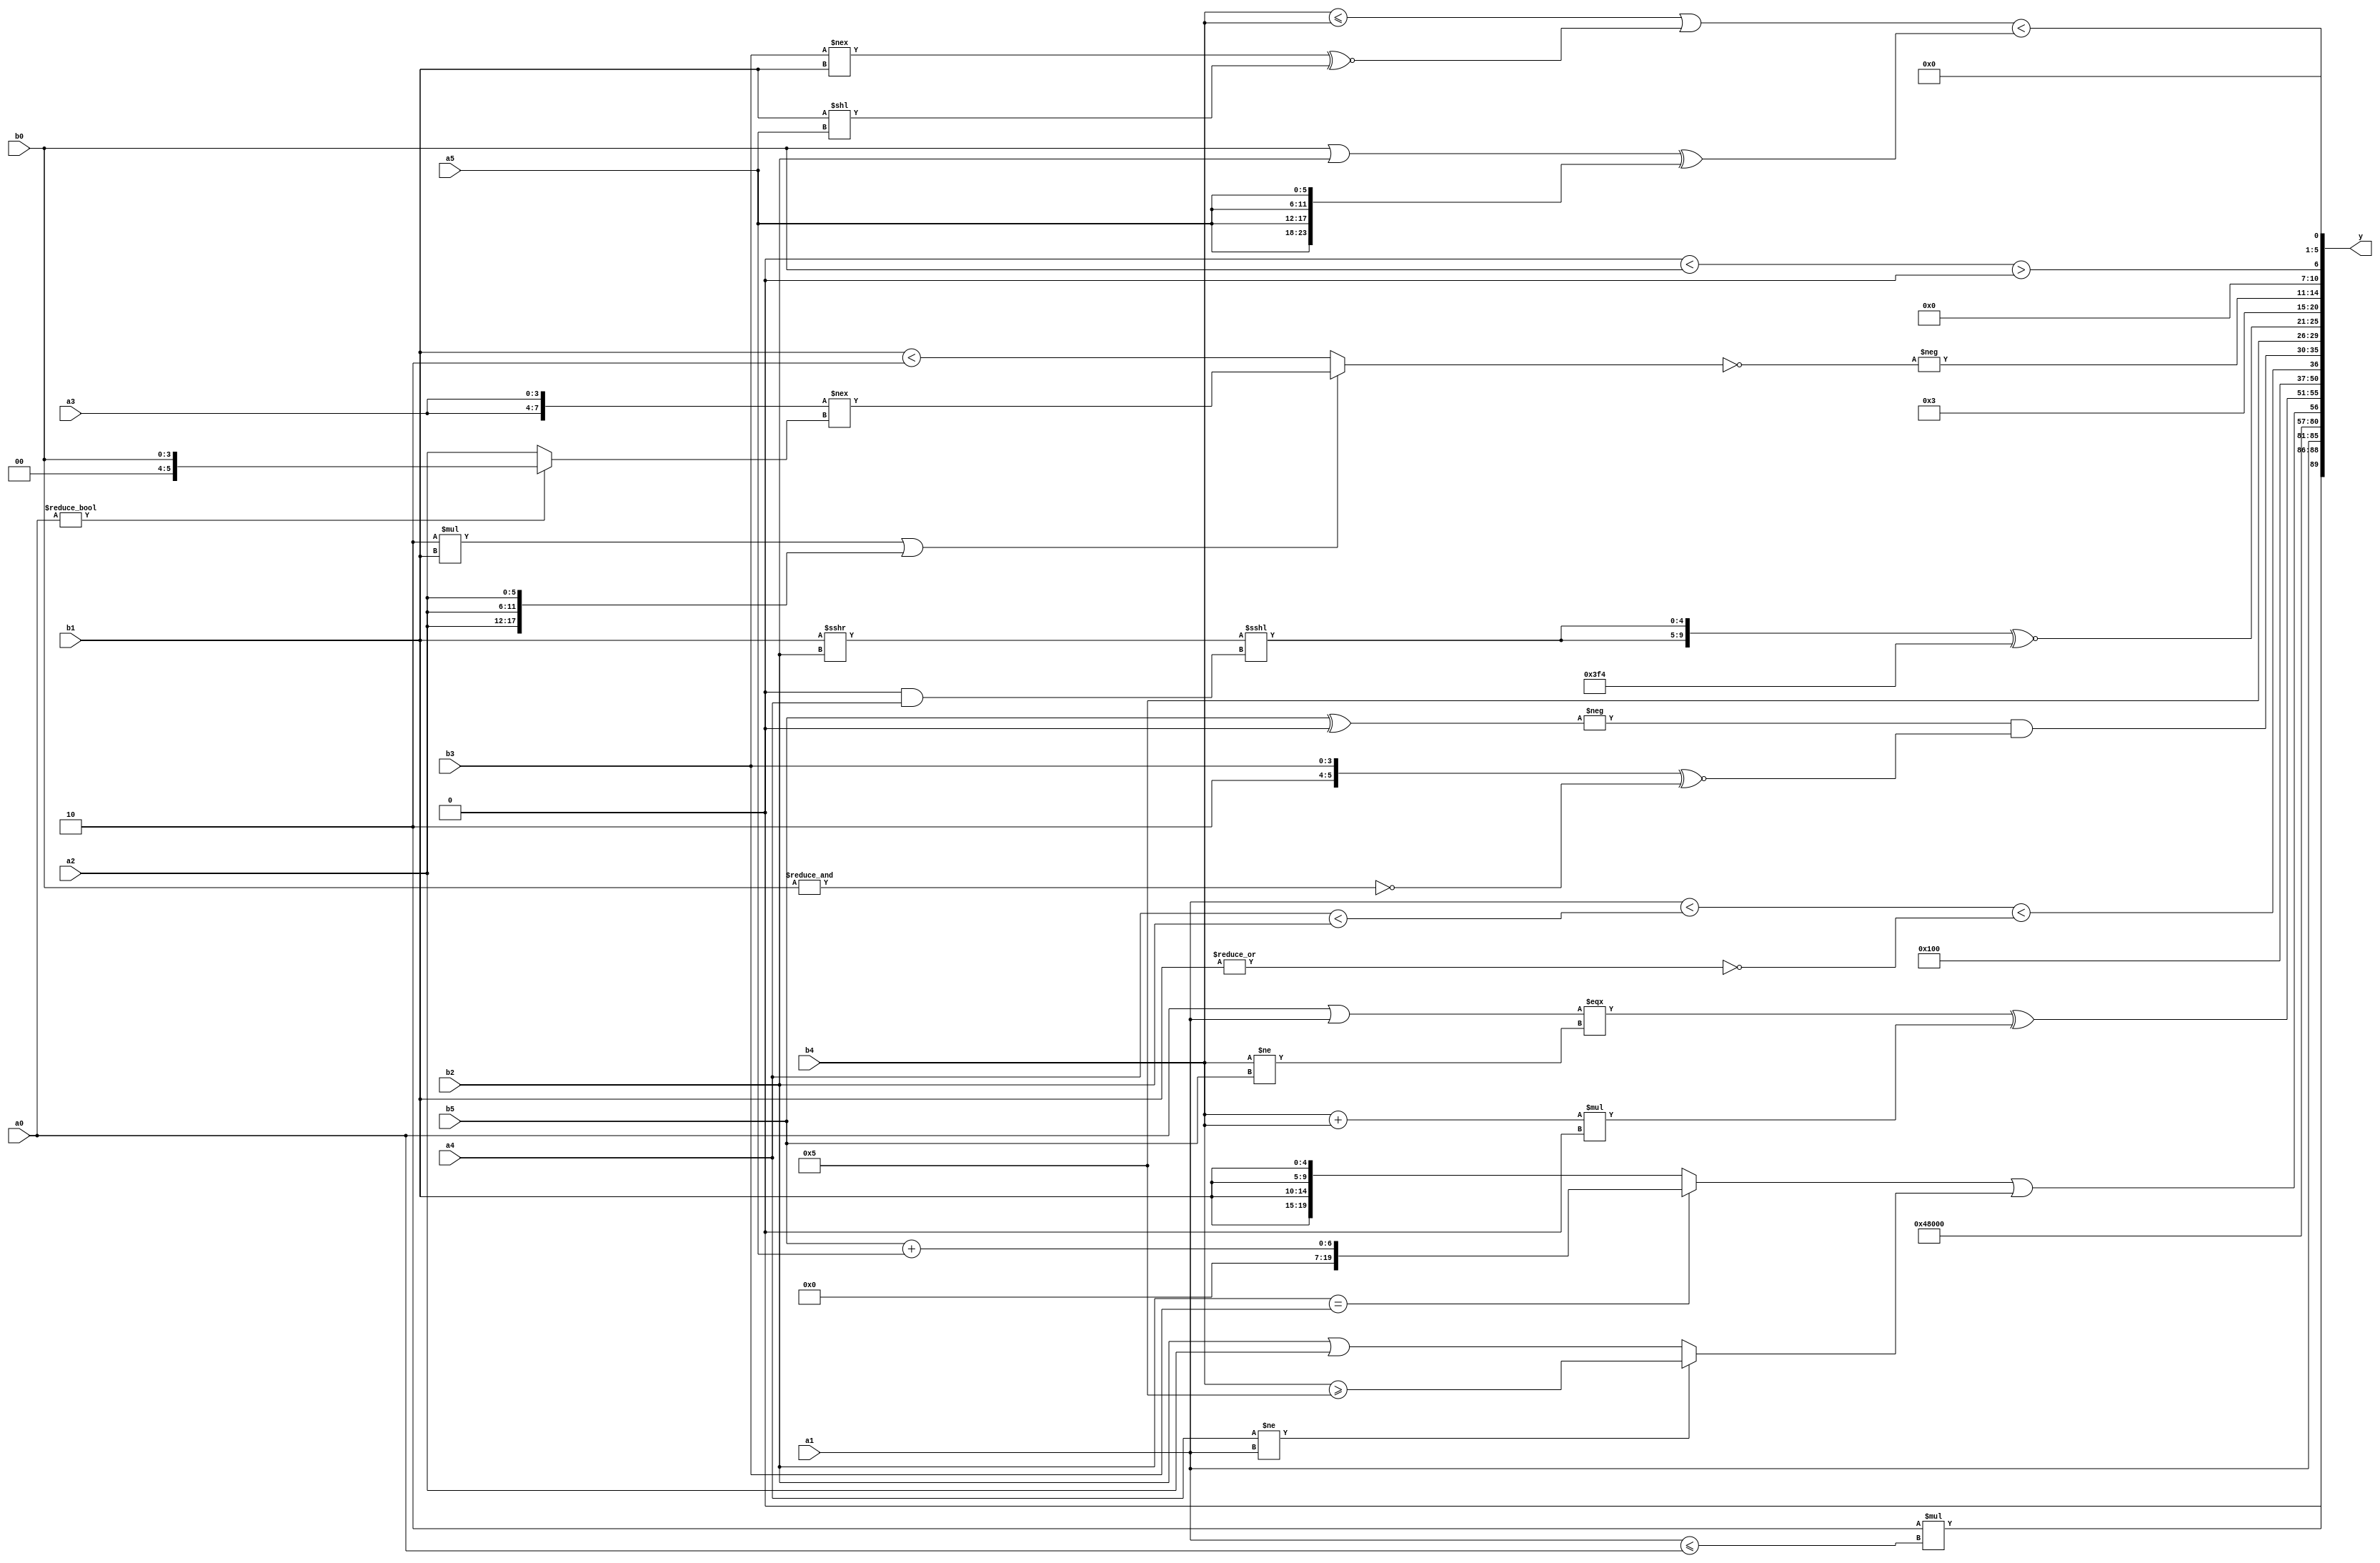
module expression_00126(a0, a1, a2, a3, a4, a5, b0, b1, b2, b3, b4, b5, y);
  input [3:0] a0;
  input [4:0] a1;
  input [5:0] a2;
  input signed [3:0] a3;
  input signed [4:0] a4;
  input signed [5:0] a5;

  input [3:0] b0;
  input [4:0] b1;
  input [5:0] b2;
  input signed [3:0] b3;
  input signed [4:0] b4;
  input signed [5:0] b5;

  wire [3:0] y0;
  wire [4:0] y1;
  wire [5:0] y2;
  wire signed [3:0] y3;
  wire signed [4:0] y4;
  wire signed [5:0] y5;
  wire [3:0] y6;
  wire [4:0] y7;
  wire [5:0] y8;
  wire signed [3:0] y9;
  wire signed [4:0] y10;
  wire signed [5:0] y11;
  wire [3:0] y12;
  wire [4:0] y13;
  wire [5:0] y14;
  wire signed [3:0] y15;
  wire signed [4:0] y16;
  wire signed [5:0] y17;

  output [89:0] y;
  assign y = {y0,y1,y2,y3,y4,y5,y6,y7,y8,y9,y10,y11,y12,y13,y14,y15,y16,y17};

  localparam [3:0] p0 = ((5'd23)!=(4'd10));
  localparam [4:0] p1 = (~((|(6'd2 * (3'd6)))?{1{(~(&(-5'sd8)))}}:((4'd10)?(5'd8):(4'sd6))));
  localparam [5:0] p2 = ((4'd4)-{(-3'sd0),(4'sd0),(4'sd1)});
  localparam signed [3:0] p3 = (-4'sd6);
  localparam signed [4:0] p4 = {((~|(2'd2))==(-5'sd10)),(~|{(5'sd9),(-2'sd1)}),(~|(2'd1))};
  localparam signed [5:0] p5 = (&{1{(5'd6)}});
  localparam [3:0] p6 = {{(-3'sd3),{(-4'sd5),(3'sd3),(2'sd0)},(3'sd1)},{(+(5'd7)),(~&(3'sd3)),(+(4'sd7))},(-5'sd14)};
  localparam [4:0] p7 = (5'd21);
  localparam [5:0] p8 = {(~|(-4'sd1))};
  localparam signed [3:0] p9 = ((5'sd5)|(-3'sd0));
  localparam signed [4:0] p10 = {1{((((2'sd1)!=(-3'sd3))===((-4'sd3)?(-3'sd0):(3'd3)))&&(((-4'sd6)?(5'sd6):(-4'sd4))|((-5'sd13)?(-3'sd3):(-5'sd11))))}};
  localparam signed [5:0] p11 = {{{(2'sd1),(5'd10),(3'sd2)}}};
  localparam [3:0] p12 = (((5'sd3)-(-2'sd1))%(5'd0));
  localparam [4:0] p13 = (((3'd6)>=(-5'sd11))/(2'sd0));
  localparam [5:0] p14 = {3{{4{(2'd2)}}}};
  localparam signed [3:0] p15 = ({((-2'sd1)>(-3'sd1))}==(~&((2'sd1)^~(4'd12))));
  localparam signed [4:0] p16 = {4{(3'd0)}};
  localparam signed [5:0] p17 = (((-3'sd0)||(2'd3))&(3'd2));

  assign y0 = (4'd2 * (&(a1<=a0)));
  assign y1 = {4{{1{{{3{a1}}}}}}};
  assign y2 = (~^(&(3'sd0)));
  assign y3 = (5'sd2);
  assign y4 = ((^{4{p16}})+(&(p15&&p12)));
  assign y5 = ((&(5'd10))?((p2>=p15)>>{p6,p0}):((2'd1)>(p9>p17)));
  assign y6 = (((b2==b3)?(b5+a5):{4{b1}})||((a4!=a1)?(b4>=p9):(b2||a2)));
  assign y7 = (((a0|a1)===(b4!=b5))^((b4+b4)*(a1>>p7)));
  assign y8 = ({1{p0}}||(5'd7));
  assign y9 = (~^(~&(&{3{(~&(p3&&p1))}})));
  assign y10 = (((($signed(a1)<(a4<b2))<$signed(((~|b1))))));
  assign y11 = {({(-({a5,a4,b5}^{b4,p16,p16}))}&{{(+b1),{b2,b2,b4}},({p6,b3}^~(~&b0))})};
  assign y12 = {2{{{p12,p17,p5},{4{p6}},{p7}}}};
  assign y13 = ({2{((b1>>>b2)<<<(p16&a4))}}^~(-5'sd12));
  assign y14 = (2'd3);
  assign y15 = (-(~^(((6'd2 * b1)||{3{a2}})?({2{a3}}!==(a0?b0:a2)):((+b1)<(p9?p6:a1)))));
  assign y16 = (~|(~&((p15<b0)>(-5'sd0))));
  assign y17 = (($signed({1{(b4<=b4)}})||((b3!==b1)^~(b1<<a5)))<$unsigned(({1{(b0|b2)}}^{4{a5}})));
endmodule